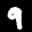
Label: 9